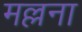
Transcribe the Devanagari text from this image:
मल्लना